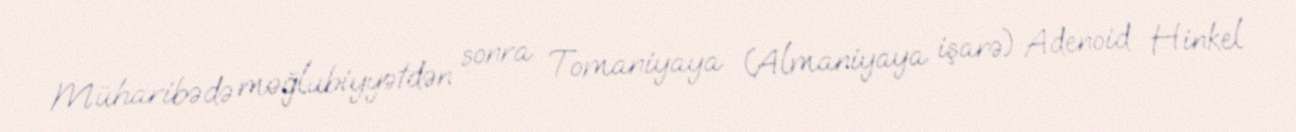
Müharibədə məğlubiyyətdən sonra Tomaniyaya (Almaniyaya işarə) Adenoid Hinkel